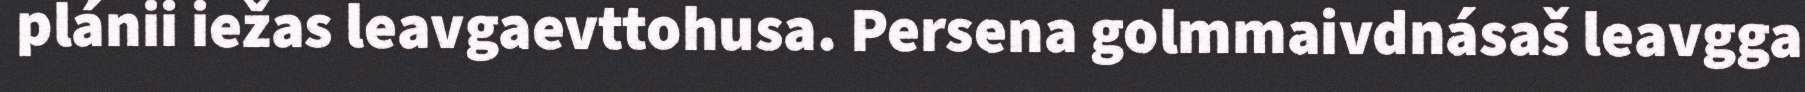
plánii iežas leavgaevttohusa. Persena golmmaivdnásaš leavgga